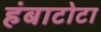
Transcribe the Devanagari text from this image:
हंबाटोटा